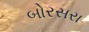
બોરસરા